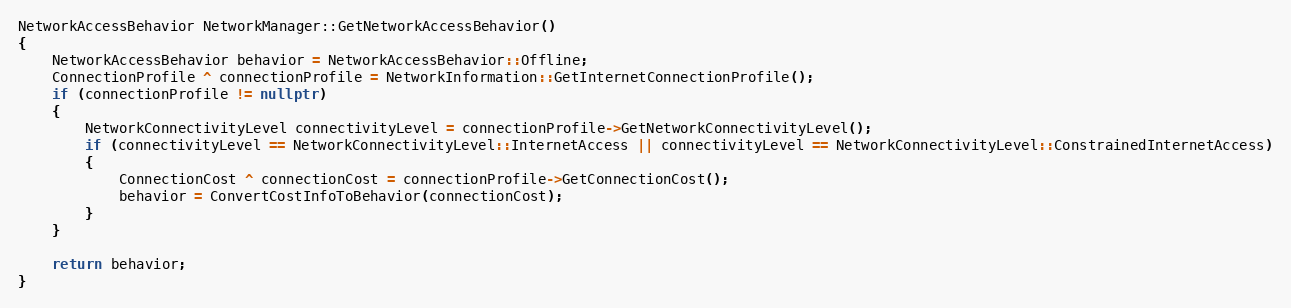
Language: C++
NetworkAccessBehavior NetworkManager::GetNetworkAccessBehavior()
{
    NetworkAccessBehavior behavior = NetworkAccessBehavior::Offline;
    ConnectionProfile ^ connectionProfile = NetworkInformation::GetInternetConnectionProfile();
    if (connectionProfile != nullptr)
    {
        NetworkConnectivityLevel connectivityLevel = connectionProfile->GetNetworkConnectivityLevel();
        if (connectivityLevel == NetworkConnectivityLevel::InternetAccess || connectivityLevel == NetworkConnectivityLevel::ConstrainedInternetAccess)
        {
            ConnectionCost ^ connectionCost = connectionProfile->GetConnectionCost();
            behavior = ConvertCostInfoToBehavior(connectionCost);
        }
    }

    return behavior;
}